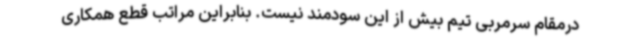
درمقام سرمربی تیم بیش از این سودمند نیست. بنابراین مراتب قطع همکاری